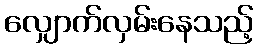
လျှောက်လှမ်းနေသည့်